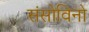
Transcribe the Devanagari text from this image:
संसोविनो